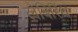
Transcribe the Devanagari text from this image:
लेबिरिंथ